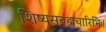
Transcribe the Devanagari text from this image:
शिष्यसव्रह्मचारिभिः।